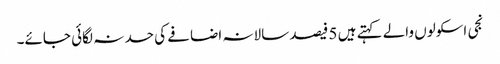
نجی اسکولوں والے کہتے ہیں 5 فیصد سالانہ اضافے کی حد نہ لگائی جائے۔